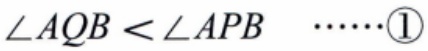
\(\angle AQB < \angle APB\ \ \ \cdots\cdots\textcircled{1}\)